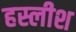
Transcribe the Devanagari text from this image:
हस्लीश